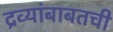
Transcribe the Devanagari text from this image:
द्रव्यांबाबतची